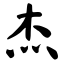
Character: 杰